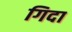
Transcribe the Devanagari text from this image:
गिदा